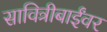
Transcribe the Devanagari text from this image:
सावित्रीबाईंवर